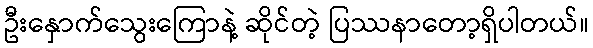
ဦးနှောက်သွေးကြောနဲ့ ဆိုင်တဲ့ ပြဿနာတော့ရှိပါတယ်။